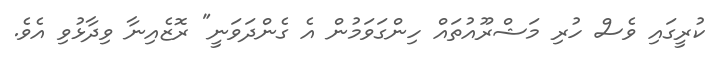
ކުރީގައި ވެސް ހުރި މަޝްރޫއުތައް ހިންގަވަމުން އެ ގެންދަވަނީ" ރޮޒެއިނާ ވިދާޅުވި އެވެ.